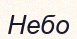
Небо